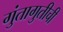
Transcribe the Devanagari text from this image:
गुंतागुतीची